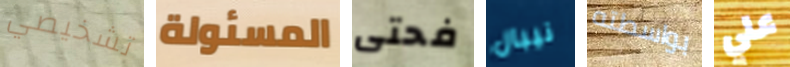
تشخيصي المسئولة فحتى نيبال بواسطته علي